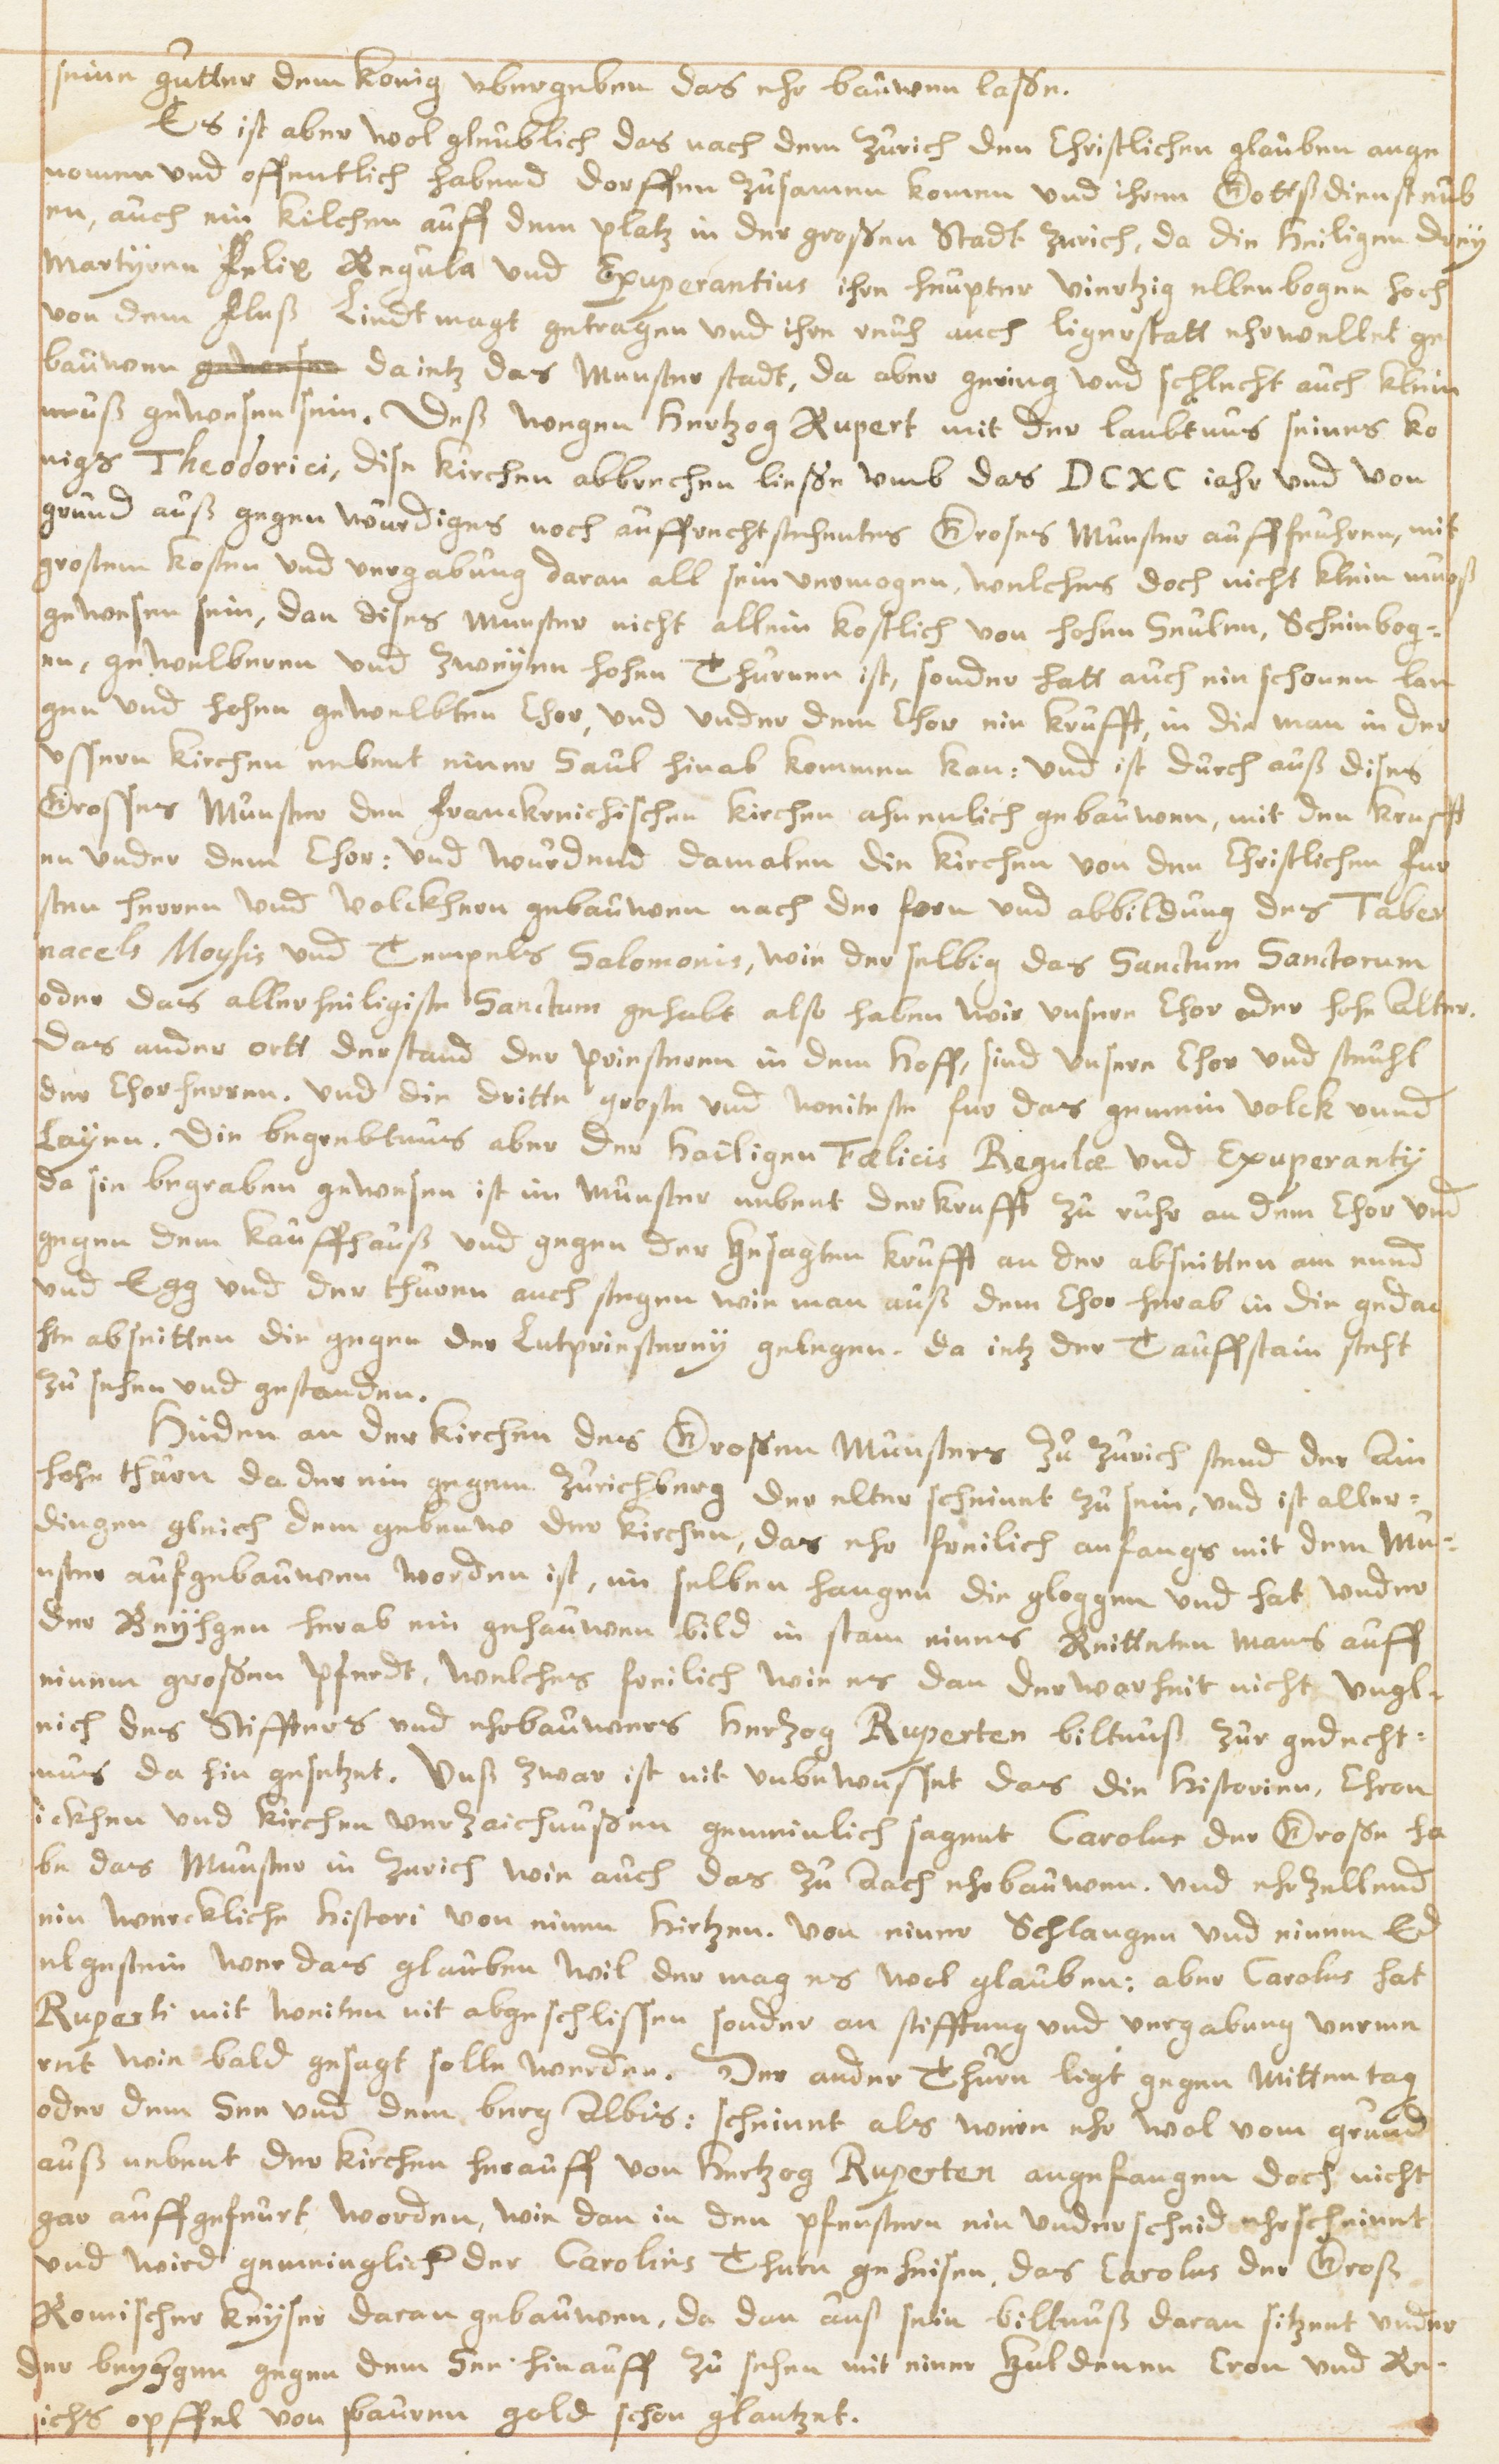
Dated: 1614–1638